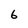
Character: 6